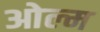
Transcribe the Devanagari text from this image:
ओल्म